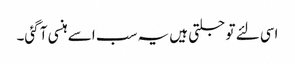
اسی لئے تو جلتی ہیں یہ سب اسے ہنسی آ گئی۔